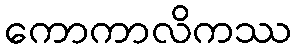
ကောကာလိကဿ